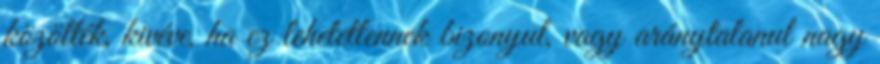
közölték, kivéve, ha ez lehetetlennek bizonyul, vagy aránytalanul nagy